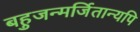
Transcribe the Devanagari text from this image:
बहुजन्मर्जितान्यपि